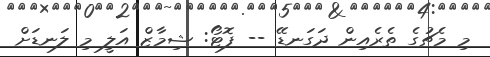
މި މެޗުގެ ތެރެއިން ދަގަނޑޭ -- ފޮޓޯ: ޝިމާޒް އަލީ މި ލަނޑަށް